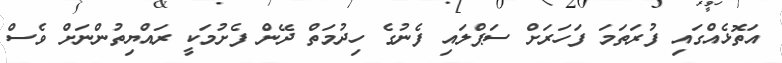
އަތޮޅެއްގައި ފުރަތަމަ ފަހަރަށް ސަޕްލައި ފެނުގެ ހިދުމަތް ދޭން ފެށުމަކީ ރައްޔިތުންނަށް ވެސް